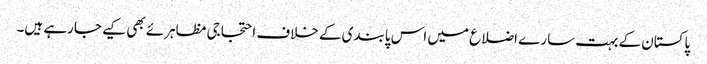
پاکستان کے بہت سارے اضلاع میں اس پابندی کے خلاف احتجاجی مظاہرئے بھی کیے جارہے ہیں۔